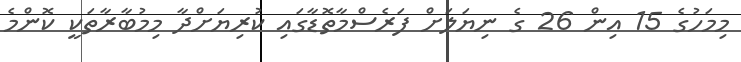
މިމަހުގެ 15 އިން 26 ގެ ނިޔަލަށް ފަރެސްމާތޮޑާގައި ކުރިޔަށްދާ މިމުބާރާތަކީ ކޮންމެ